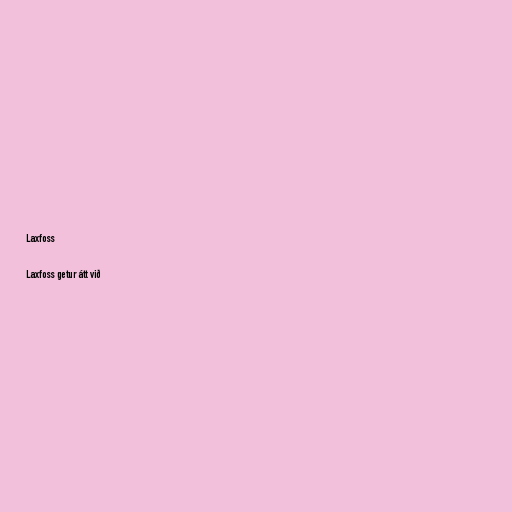
Laxfoss

Laxfoss getur átt við